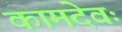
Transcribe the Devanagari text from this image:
कामदेवः